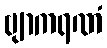
ဗျာကရဏံ